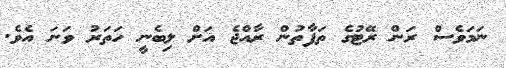
ނަމަވެސް ރަން ރޭޓުގެ ތަފާތުން ރާއްޖެ އަށް ލިބެނީ ހަތަރު ވަނަ އެވެ.